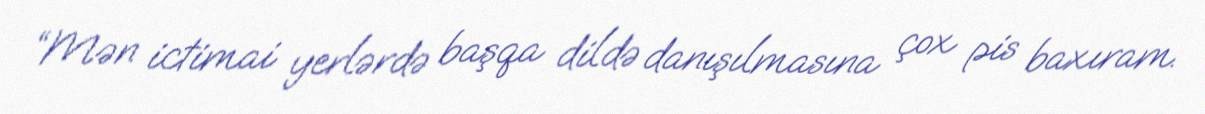
“Mən ictimai yerlərdə başqa dildə danışılmasına çox pis baxıram.